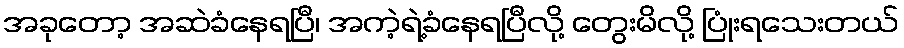
အခုတော့ အဆဲခံနေရပြီ၊ အကဲ့ရဲ့ခံနေရပြီလို့ တွေးမိလို့ ပြုံးရသေးတယ်